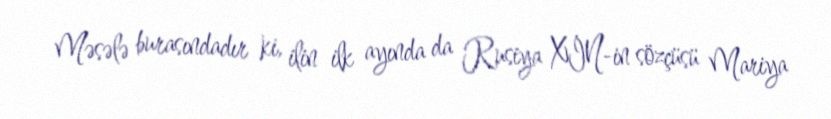
Məsələ burasındadır ki, ilin ilk ayında da Rusiya XİN-in sözçüsü Mariya